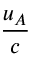
\frac { u _ { A } } { c }